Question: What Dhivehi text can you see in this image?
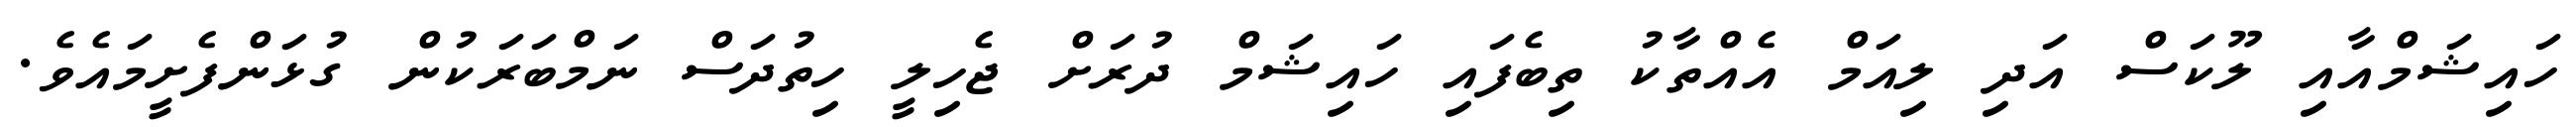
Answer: ހައިޝަމްއާއި ލޫކަސް އަދި ލިއަމް އެއްތާކު ތިބެފައި ހައިޝަމް ދުރަށް ޖެހިލީ ހިތުދަސް ނަމްބަރަކުން ގުޅަންފެށީމައެވެ.